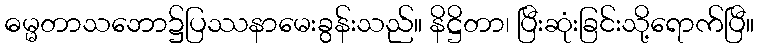
ဓမ္မတာသဘော၌ပြဿနာမေးခွန်းသည်။ နိဋ္ဌိတာ၊ ပြီးဆုံးခြင်းသို့ရောက်ပြီ။